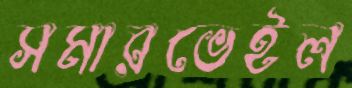
সমারভেইল